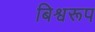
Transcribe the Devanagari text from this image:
बिश्वरूप